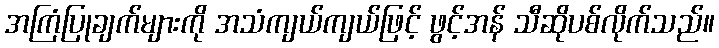
အကြံပြုချက်များကို အသံကျယ်ကျယ်ဖြင့် ဖွင့်အန် သီဆိုပစ်လိုက်သည်။